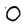
Character: O